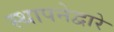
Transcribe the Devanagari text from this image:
स्थापनेद्वारे